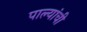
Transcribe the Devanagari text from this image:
पाल्यांची